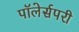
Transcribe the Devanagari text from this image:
पॉलेर्सपरी